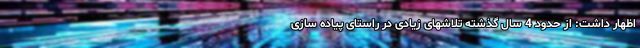
اظهار داشت: از حدود 4 سال گذشته تلاشهای زیادی در راستای پیاده سازی